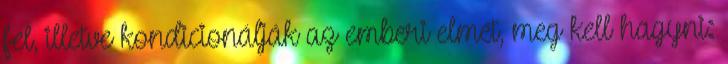
fel, illetve kondicionálják az emberi elmét, meg kell hagyni: